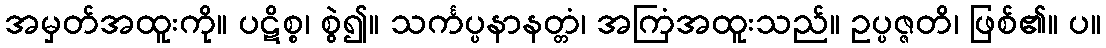
အမှတ်အထူးကို။ ပဋိစ္စ၊ စွဲ၍။ သင်္ကပ္ပနာနတ္တံ၊ အကြံအထူးသည်။ ဥပ္ပဇ္ဇတိ၊ ဖြစ်၏။ ပ။